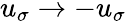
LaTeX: u_{\sigma}\rightarrow-u_{\sigma}